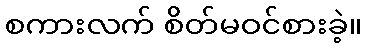
စကားလက် စိတ်မဝင်စားခဲ့။